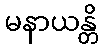
မနာယန္တိ